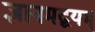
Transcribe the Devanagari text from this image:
ज्ञानमद्वयम्‌